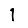
Digit: 1